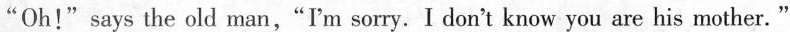
"Oh!"says the old man,"I'm sorry.I dont know you are his mother."\